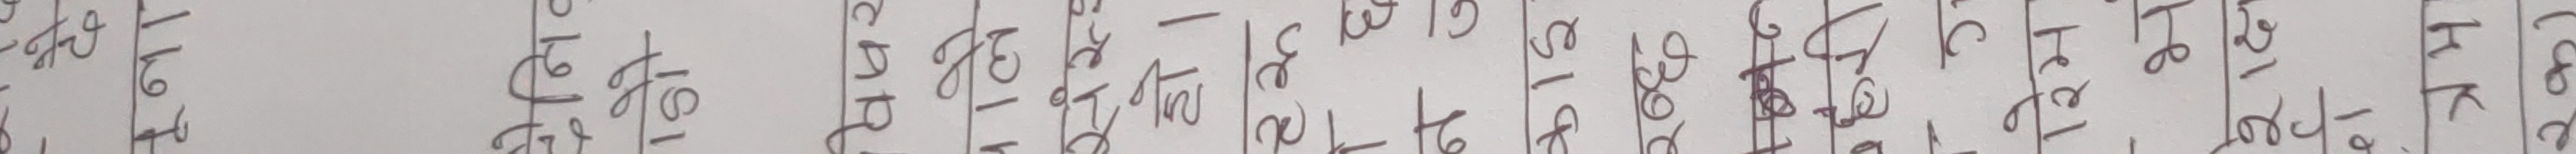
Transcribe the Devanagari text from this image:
४। राखता खाता ३० तेहा खाता ८० किराएका ठांऊ १० कम्पनी
५। ठेक्का ठेली ७० ठेली ५० भांडार ३० कृषि
६। सवारी साधन ९० घर जग्गा ४० कल कारखाना ८० अन्य